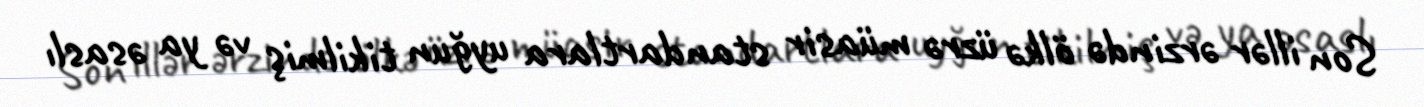
Son illər ərzində ölkə üzrə müasir standartlara uyğun tikilmiş və ya əsaslı